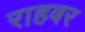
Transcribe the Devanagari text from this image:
राहबर